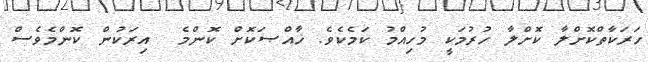
ހަރަކާތްކޮށްލާ ކޮށްލާ ހުރުމަކީ މުހިއްމު ކަމެކެވެ. ޚާއްޞަކޮށް ކޮންމެ  އިރަކުން ކޮންމެވެސް